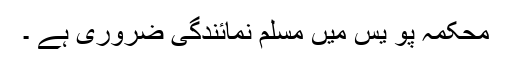
محکمہ پو یس میں مسلم نمائندگی ضروری ہے ۔